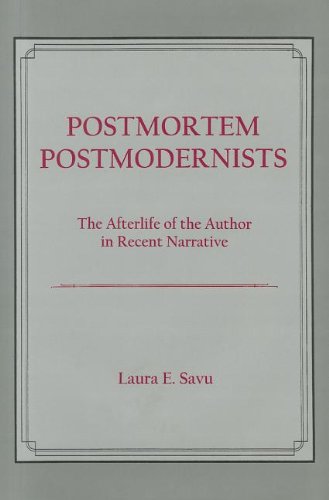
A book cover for Postmortem Postmodernists: The Afterlife of the Author in Recent Narrative; Laura E. Savu; Literature & Fiction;